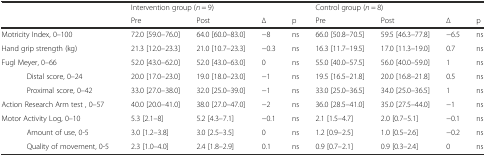
| <COLSPAN=2>  | <COLSPAN=4> Intervention group (n = 9) | <COLSPAN=4> Control group (n = 8) |
 | <COLSPAN=2>  | Pre | Post | ∆ | p | Pre | Post | ∆ | p |
 | --- | --- | --- | --- | --- | --- | --- | --- | --- | --- |
 | <COLSPAN=2> Motricity Index, 0–100 | 72.0 [59.0–76.0] | 64.0 [60.0–83.0] | −8 | ns | 66.0 [50.8–70.5] | 59.5 [46.3–77.8] | −6.5 | ns |
 | <COLSPAN=2> Hand grip strength (kg) | 21.3 [12.0–23.3] | 21.0 [10.7–23.3] | −0.3 | ns | 16.3 [11.7–19.5] | 17.0 [11.3–19.0] | 0.7 | ns |
 | <COLSPAN=2> Fugl Meyer, 0–66 | 52.0 [43.0–62.0] | 52.0 [43.0–63.0] | 0 | ns | 55.0 [40.0–57.5] | 56.0 [40.0–59.0] | 1 | ns |
 |  | Distal score, 0–24 | 20.0 [17.0–23.0] | 19.0 [18.0–23.0] | −1 | ns | 19.5 [16.5–21.8] | 20.0 [16.8–21.8] | 0.5 | ns |
 |  | Proximal score, 0–42 | 33.0 [27.0–38.0] | 32.0 [25.0–39.0] | −1 | ns | 33.0 [25.0–36.5] | 34.0 [25.0–36.5] | 1 | ns |
 | <COLSPAN=2> Action Research Arm test , 0–57 | 40.0 [20.0–41.0] | 38.0 [27.0–47.0] | −2 | ns | 36.0 [28.5–41.0] | 35.0 [27.5–44.0] | −1 | ns |
 | <COLSPAN=2> Motor Activity Log, 0–10 | 5.3 [2.1–8] | 5.2 [4.3–7.1] | −0.1 | ns | 2.1 [1.5–4.7] | 2.0 [0.7–5.1] | −0.1 | ns |
 |  | Amount of use, 0-5 | 3.0 [1.2–3.8] | 3.0 [2.5–3.5] | 0 | ns | 1.2 [0.9–2.5] | 1.0 [0.5–2.6] | −0.2 | ns |
 |  | Quality of movement, 0-5 | 2.3 [1.0–4.0] | 2.4 [1.8–2.9] | 0.1 | ns | 0.9 [0.7–2.1] | 0.9 [0.3–2.4] | 0 | ns |